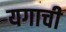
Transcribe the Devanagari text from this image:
यगाची